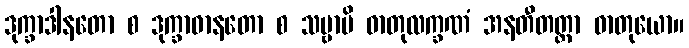
ဒုက္ခာဒါနတော စ ဒုက္ခာဓာနတော စ သဗ္ဗာပိ ဓာတုလက္ခဏံ အနတီတတ္တာ ဓာတုယော။